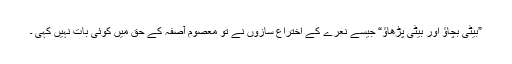
”بیٹی بچاﺅ اور بیٹی پڑھاﺅ“ جیسے نعرے کے اختراع سازوں نے تو معصوم آصفہ کے حق میں کوئی بات نہیں کہی ۔